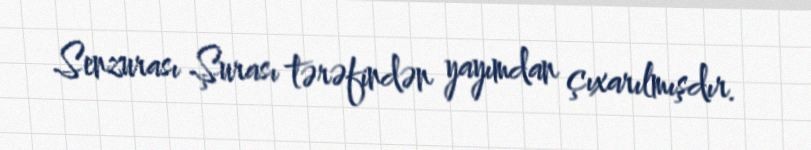
Senzurası Şurası tərəfindən yayımdan çıxarılmışdır.